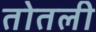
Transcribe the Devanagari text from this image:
तोतली